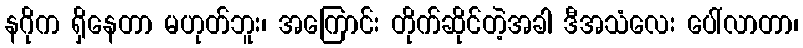
နဂိုက ရှိနေတာ မဟုတ်ဘူး၊ အကြောင်း တိုက်ဆိုင်တဲ့အခါ ဒီအသံလေး ပေါ်လာတာ၊